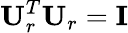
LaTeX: {\mathbf{U}}_{r}^{T}{\mathbf{U}}_{r}={\mathbf{I}}